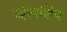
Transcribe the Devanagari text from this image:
व्हेलशिप